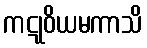
ကဋုဝိယမကာသိ